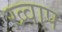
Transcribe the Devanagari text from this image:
ख्वाप